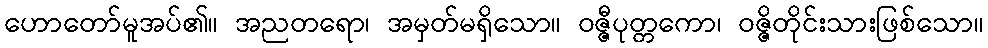
ဟောတော်မူအပ်၏။ အညတရော၊ အမှတ်မရှိသော။ ဝဇ္ဇီပုတ္တကော၊ ဝဇ္ဇိတိုင်းသားဖြစ်သော။